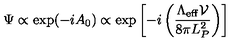
\Psi \propto \exp ( - i A _ { 0 } ) \propto \exp \left[ - i \left( { \frac { \Lambda _ { \mathrm { e f f } } { \mathcal V } } { 8 \pi L _ { P } ^ { 2 } } } \right) \right]